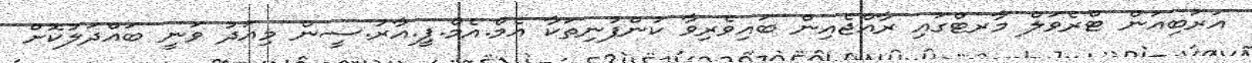
އަރަބިއަން ޓްރެވަލް މާރޓްގައި ރާއްޖެއިން ބައިވެރިވާ ކުންފުނިތަކާ އެމް.އެމް.ޕީ.އާރު.ސީން މިއަދު ވަނީ ބައްދަލުކޮށް